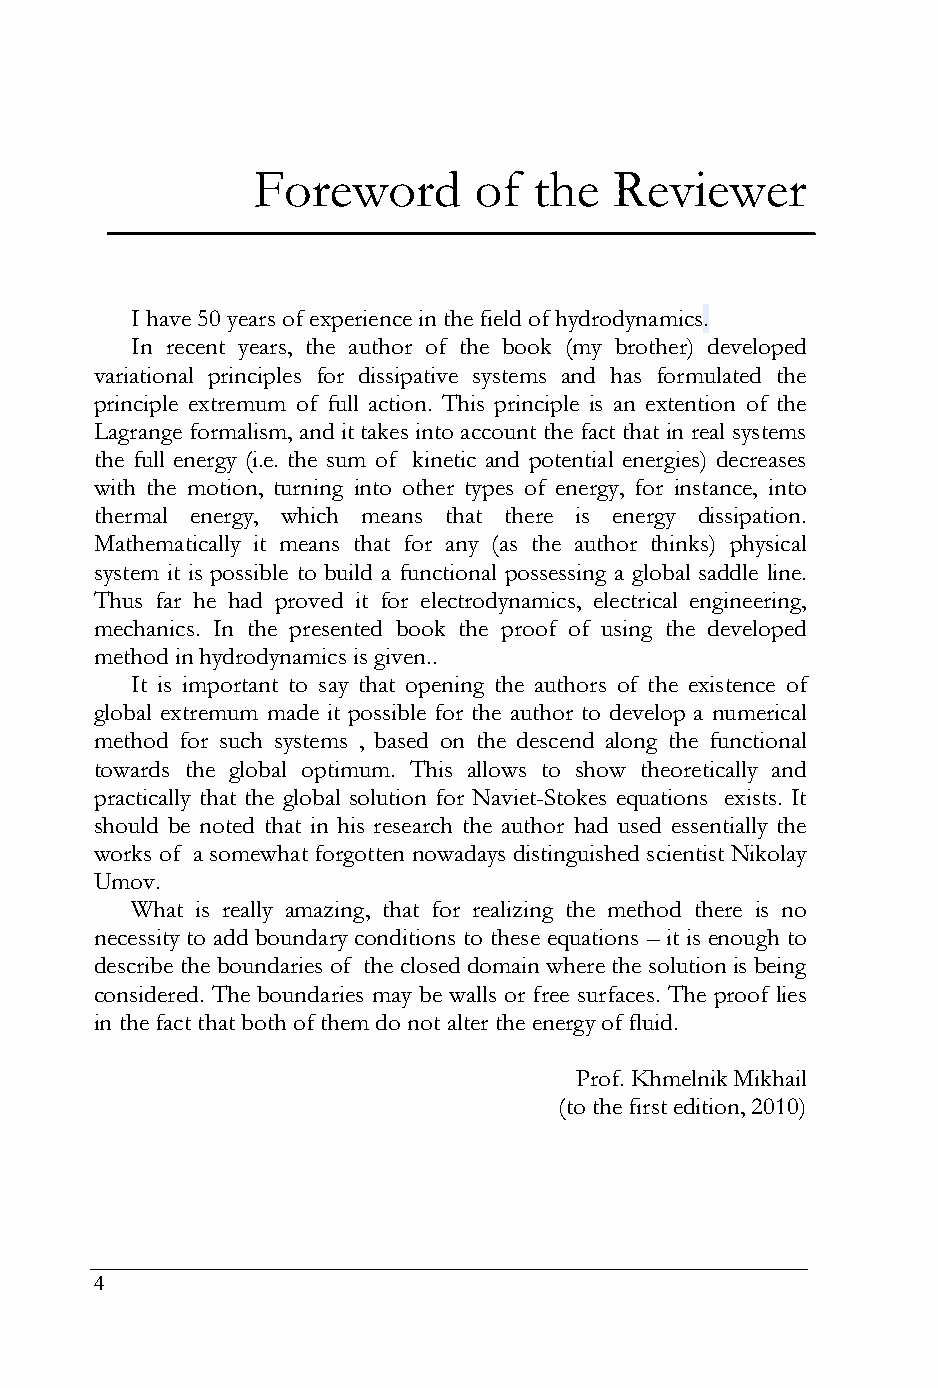
Foreword      of  the   Reviewer
 I have 50 years of experience in the field of hydrodynamics.
 In recent years, the author of the book (my brother) developed
 variational principles for dissipative systems and has formulated the
 principle extremum of full action. This principle is an extention of the
 Lagrange formalism, and it takes into account the fact that in real systems
 the full energy (i.e. the sum of kinetic and potential energies) decreases
 with the motion, turning into other types of energy, for instance, into
 thermal energy, which means that there is energy dissipation.
 Mathematically it means that for any (as the author thinks) physical
 system it is possible to build a functional possessing a global saddle line.
 Thus far he had proved it for electrodynamics, electrical engineering,
 mechanics. In the presented book the proof of using the developed
 method in hydrodynamics is given..
 It is important to say that opening the authors of the existence of
 global extremum made it possible for the author to develop a numerical
 method for such systems , based on the descend along the functional
 towards the global optimum. This allows to show theoretically and
 practically that the global solution for Naviet-Stokes equations exists. It
 should be noted that in his research the author had used essentially the
 works of a somewhat forgotten nowadays distinguished scientist Nikolay
 Umov.
 What is really amazing, that for realizing the method there is no
 necessity to add boundary conditions to these equations – it is enough to
 describe the boundaries of the closed domain where the solution is being
 considered. The boundaries may be walls or free surfaces. The proof lies
 in the fact that both of them do not alter the energy of fluid.
 Prof. Khmelnik Mikhail
 (to the first edition, 2010)
 4